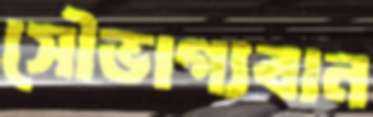
সৌভাগ্যবান